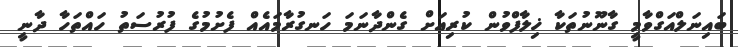
ބައިނަލްއަގްވާމީ ގާނޫނުތަކާ ޚިލާފްވުން ކުރިއަށް ގެންދާނަމަ ހަނގުރާމައެއް ފެށުމުގެ ފުރުސަތު ހައްތަހާ ދާނީ